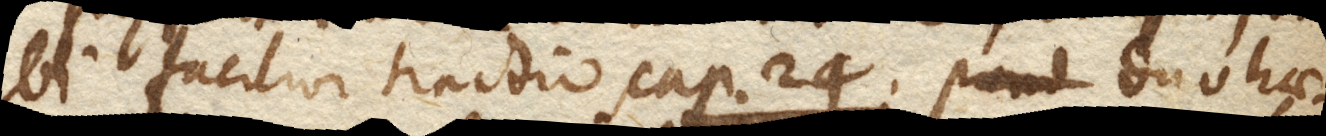
ibi facilior tractio. Cap. 24.Duo hae–